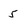
Character: 5